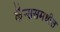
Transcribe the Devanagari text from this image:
कॅन्ससमधील